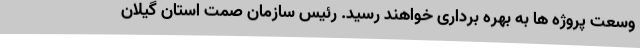
وسعت پروژه ها به بهره برداری خواهند رسید. رئیس سازمان صمت استان گیلان